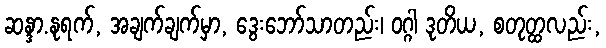
ဆန္ဒာ.နုရက်, အချက်ချက်မှာ, ဒွေးဘော်သာတည်း၊ ဝဂ္ဂါ ဒုတိယ, စတုတ္ထလည်း,